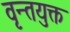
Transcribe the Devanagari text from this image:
वृन्तयुक्त